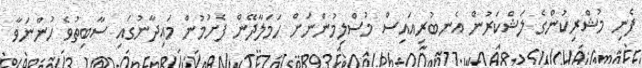
ފެނި މުޝްރިކުންގެ ލަޝްކަރުން އެނބުރިއައިސް މުސްލިމުންނަށް ހަމަލާދޭން ފެށުމުން މައިދާނުގައި ސާބިތުވެ ހުންނަވާ